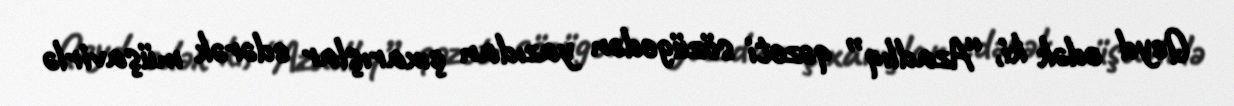
Qeyd edək ki, “Azadlıq” qəzeti sözügedən yazıdan çıxarışlar edərək müşavirlə